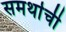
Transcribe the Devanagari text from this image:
समर्थाची